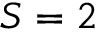
S = 2